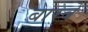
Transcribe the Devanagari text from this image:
बारबे